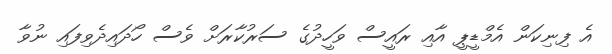
އެ ފިނިކަން އެމްޑީޕީ އާއި ރައީސް ވަހީދުގެ ސަރުކާރަށް ވެސް ހޯދައިދެވިފައި ނުވާ